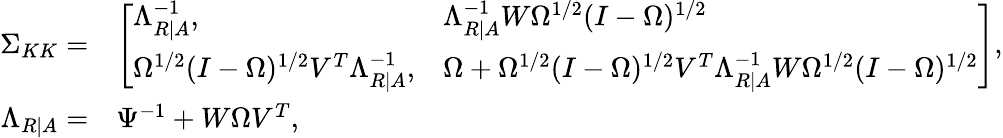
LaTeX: \begin{array}{rl}{\Sigma_{KK}=}&{\left[\begin{array}{ll}{\Lambda_{R|A}^{-1},}&{\Lambda_{R|A}^{-1}W\Omega^{1/2}(I-\Omega)^{1/2}}\\ {\Omega^{1/2}(I-\Omega)^{1/2}V^{T}\Lambda_{R|A}^{-1},}&{\Omega+\Omega^{1/2}(I-\Omega)^{1/2}V^{T}\Lambda_{R|A}^{-1}W\Omega^{1/2}(I-\Omega)^{1/2}}\end{array}\right],}\\ {\Lambda_{R|A}=}&{\Psi^{-1}+W\Omega V^{T},}\end{array}